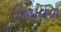
દિશાવળ